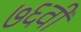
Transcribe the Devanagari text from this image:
७६वी